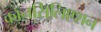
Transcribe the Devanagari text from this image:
कॉनसिलिएशन